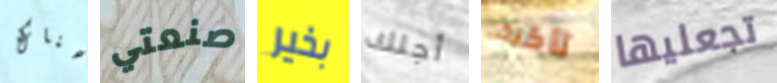
هناك صنعتي بخير أجلك تأكيد تجعليها